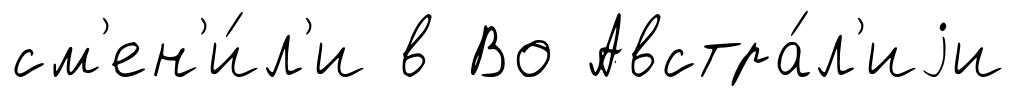
см'ен'и́л'и в Во Австра́л'иjи